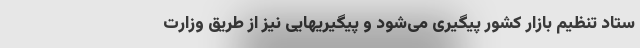
ستاد تنظیم بازار کشور پیگیری می‌شود و پیگیریهایی نیز از طریق وزارت